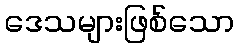
ဒေသများဖြစ်သော